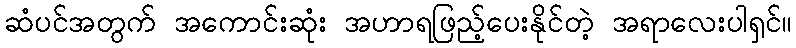
ဆံပင်အတွက် အကောင်းဆုံး အဟာရဖြည့်ပေးနိုင်တဲ့ အရာလေးပါရှင်။